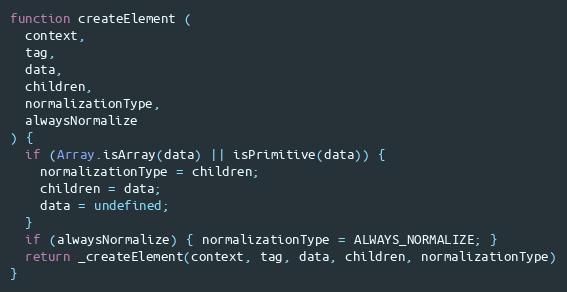
Language: JavaScript
function createElement (
  context,
  tag,
  data,
  children,
  normalizationType,
  alwaysNormalize
) {
  if (Array.isArray(data) || isPrimitive(data)) {
    normalizationType = children;
    children = data;
    data = undefined;
  }
  if (alwaysNormalize) { normalizationType = ALWAYS_NORMALIZE; }
  return _createElement(context, tag, data, children, normalizationType)
}